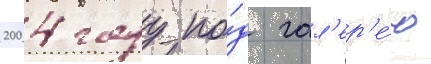
2004 году по́д гал'ер'е́ю